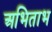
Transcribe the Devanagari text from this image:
अभिताभ